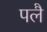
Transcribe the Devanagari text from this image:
पलै